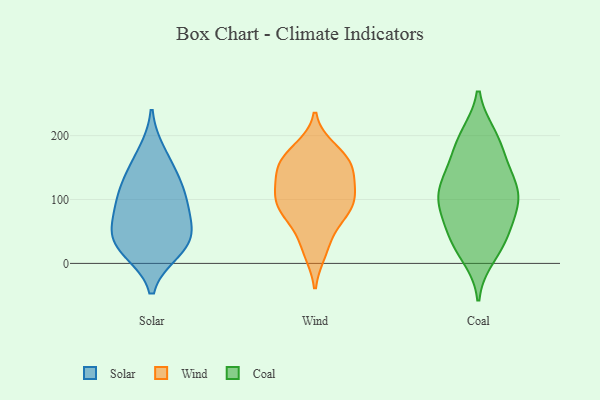
{"axis": {"x": "Revenue (USD Million)", "y": "Value"}, "legend": ["Coal", "Solar", "Wind"], "data": [{"x": "", "y": 22, "type": "Solar"}, {"x": "", "y": 173, "type": "Solar"}, {"x": "", "y": 123, "type": "Solar"}, {"x": "", "y": 20, "type": "Solar"}, {"x": "", "y": 52, "type": "Solar"}, {"x": "", "y": 38, "type": "Solar"}, {"x": "", "y": 107, "type": "Solar"}, {"x": "", "y": 143, "type": "Solar"}, {"x": "", "y": 43, "type": "Solar"}, {"x": "", "y": 88, "type": "Solar"}, {"x": "", "y": 85, "type": "Solar"}, {"x": "", "y": 164, "type": "Wind"}, {"x": "", "y": 19, "type": "Wind"}, {"x": "", "y": 116, "type": "Wind"}, {"x": "", "y": 79, "type": "Wind"}, {"x": "", "y": 123, "type": "Wind"}, {"x": "", "y": 29, "type": "Wind"}, {"x": "", "y": 153, "type": "Wind"}, {"x": "", "y": 164, "type": "Wind"}, {"x": "", "y": 90, "type": "Wind"}, {"x": "", "y": 76, "type": "Wind"}, {"x": "", "y": 102, "type": "Wind"}, {"x": "", "y": 156, "type": "Wind"}, {"x": "", "y": 178, "type": "Wind"}, {"x": "", "y": 142, "type": "Wind"}, {"x": "", "y": 78, "type": "Wind"}, {"x": "", "y": 105, "type": "Wind"}, {"x": "", "y": 200, "type": "Coal"}, {"x": "", "y": 199, "type": "Coal"}, {"x": "", "y": 119, "type": "Coal"}, {"x": "", "y": 11, "type": "Coal"}, {"x": "", "y": 93, "type": "Coal"}, {"x": "", "y": 125, "type": "Coal"}, {"x": "", "y": 163, "type": "Coal"}, {"x": "", "y": 51, "type": "Coal"}, {"x": "", "y": 34, "type": "Coal"}, {"x": "", "y": 137, "type": "Coal"}, {"x": "", "y": 105, "type": "Coal"}, {"x": "", "y": 70, "type": "Coal"}, {"x": "", "y": 24, "type": "Coal"}, {"x": "", "y": 192, "type": "Coal"}, {"x": "", "y": 87, "type": "Coal"}, {"x": "", "y": 101, "type": "Coal"}, {"x": "", "y": 105, "type": "Coal"}, {"x": "", "y": 156, "type": "Coal"}, {"x": "", "y": 43, "type": "Coal"}]}